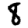
Digit: 8